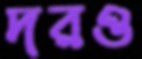
দরও